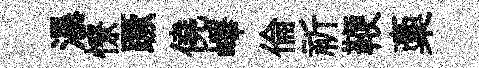
瀑憭蹶僥嶧倫祈鞭稾